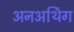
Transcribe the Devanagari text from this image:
अनअर्थिंग